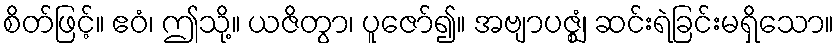
စိတ်ဖြင့်။ ဧဝံ၊ ဤသို့။ ယဇိတွာ၊ ပူဇော်၍။ အဗျာပဇ္ဈံ၊ ဆင်းရဲခြင်းမရှိသော။